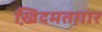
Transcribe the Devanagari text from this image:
ख़िदमतग़ार